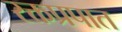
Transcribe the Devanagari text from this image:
रक्तप्रपात